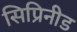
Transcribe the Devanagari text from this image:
सिप्रिनीड